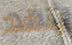
ينفد